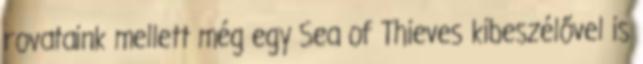
rovataink mellett még egy Sea of Thieves kibeszélővel is